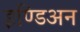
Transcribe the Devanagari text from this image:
इण्डिअन